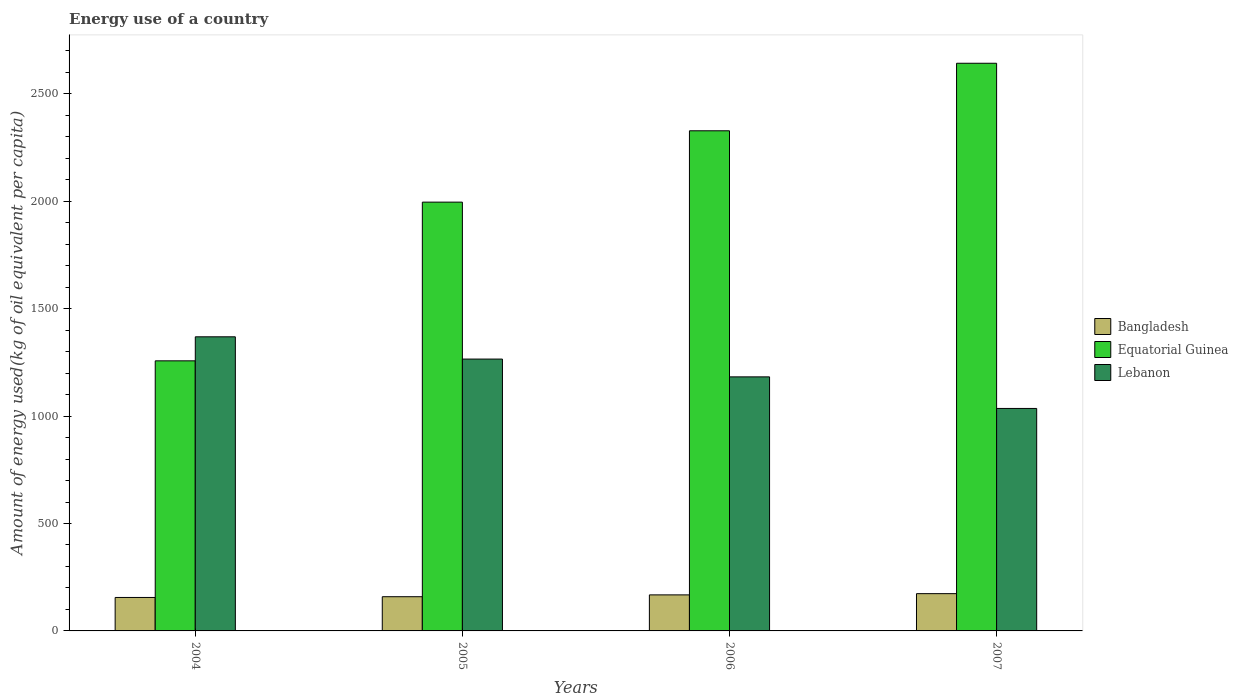
| Years | Bangladesh | Equatorial Guinea | Lebanon |
 | --- | --- | --- | --- |
 | 2004 | 156 | 1.26e+03 | 1.37e+03 |
 | 2005 | 159 | 2e+03 | 1.27e+03 |
 | 2006 | 168 | 2.33e+03 | 1.18e+03 |
 | 2007 | 173 | 2.64e+03 | 1.04e+03 |